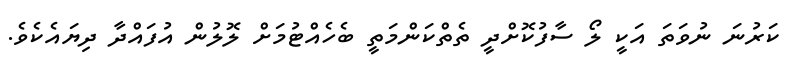
ކަރުނަ ނުވަތަ އަކީ ލޯ ސާފުކޮށްދީ ތެތްކަންމަތީ ބެހެއްޓުމަށް ލޮލުން އުފައްދާ ދިޔައެކެވެ.